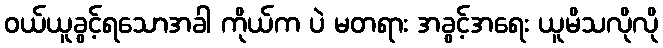
ဝယ်ယူခွင့်ရသောအခါ ကိုယ်က ပဲ မတရား အခွင့်အရေး ယူမိသလိုလို